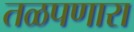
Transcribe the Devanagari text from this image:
तळपणारा